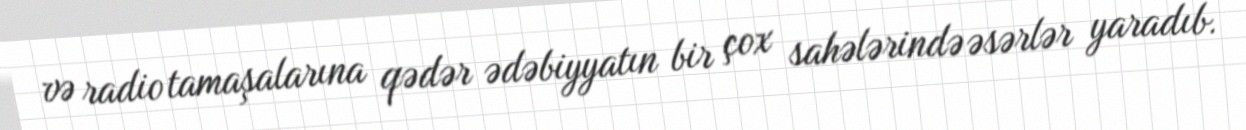
və radio tamaşalarına qədər ədəbiyyatın bir çox sahələrində əsərlər yaradıb.